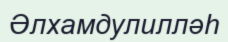
Әлхамдулилләһ